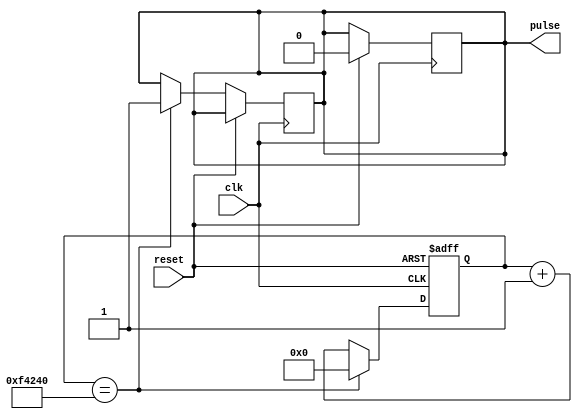
module synchronous_pulse_generator (
    input wire clk,
    input wire reset,
    output reg pulse
);

reg [31:0] counter;

always @(posedge clk or posedge reset)
begin
    if (reset)
        counter <= 0;
    else if (counter == 1000000) // Generate pulse every 1ms
    begin
        counter <= 0;
        pulse <= 1;
    end
    else
        counter <= counter + 1;
end

always @(posedge clk)
begin
    if (reset)
        pulse <= 0;
end

endmodule